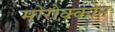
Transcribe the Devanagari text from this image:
मोरोक्कोन